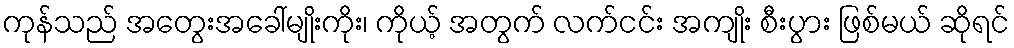
ကုန်သည် အတွေးအခေါ်မျိုးကိုး၊ ကိုယ့် အတွက် လက်ငင်း အကျိုး စီးပွား ဖြစ်မယ် ဆိုရင်